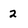
Character: 2